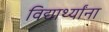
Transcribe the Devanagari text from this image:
विद्यार्थ्‍यांना